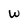
Character: w